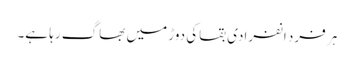
ہر فرد انفرادی بقاکی دوڑ میں بھاگ رہا ہے۔